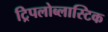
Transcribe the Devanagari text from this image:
ट्रिपलोब्लास्टिक